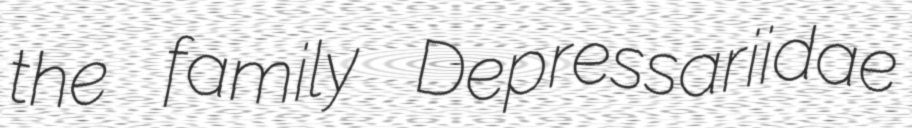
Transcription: the family Depressariidae